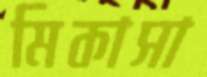
মিকাসা